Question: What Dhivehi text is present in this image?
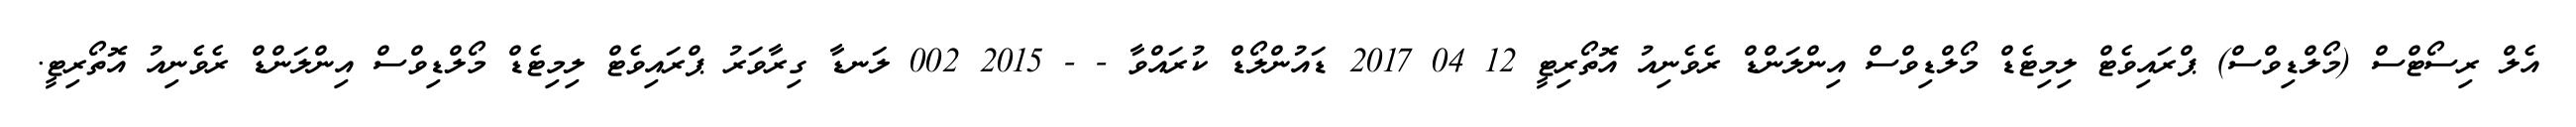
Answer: އެލް ރިސޯޓްސް (މޯލްޑިވްސް) ޕްރައިވެޓް ލިމިޓެޑް މޯލްޑިވްސް އިންލަންޑް ރެވެނިއު އޮތޯރިޓީ 12 04 2017 ޑައުންލޯޑް ކުރައްވާ - - 2015 002 ލަނޑާ ގިރާވަރު ޕްރައިވެޓް ލިމިޓެޑް މޯލްޑިވްސް އިންލަންޑް ރެވެނިއު އޮތޯރިޓީ.